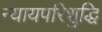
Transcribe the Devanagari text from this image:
न्यायपरिशुद्धि